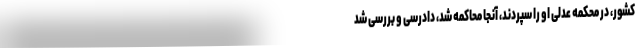
کشور، در محکمه عدلی او را سپردند، آنجا محاکمه شد، دادرسی و بررسی شد